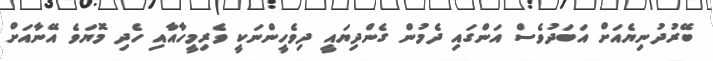
ބޭރުދުނިޔެއަށް އަބަދުވެސް އަންގައި ދެމުން ގެންދިޔައީ ދިވެހީންނަކީ ވެރިމީހާއާއި ހެދި މޮޔަވެ އޭނާއަށް